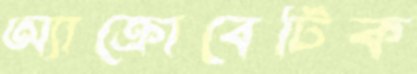
অ্যাক্রোবেটিক